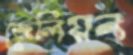
জেলিয়ন